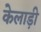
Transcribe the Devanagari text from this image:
केलाड़ी